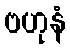
ဗဟုနံ